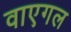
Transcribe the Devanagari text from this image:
वाएगल